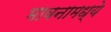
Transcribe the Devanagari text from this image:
भावनामध्ये